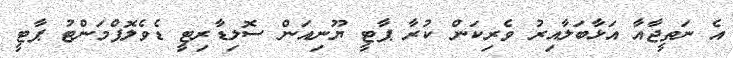
އެ ނަތީޖާއާ އަޅާބަލާއިރު ވެރިކަން ކުރާ ޕާޓީ ޔޫނިއަން ސޮލިޑާރިޓީ ޑެވެލޮޕްމަންޓު ޕާޓީ